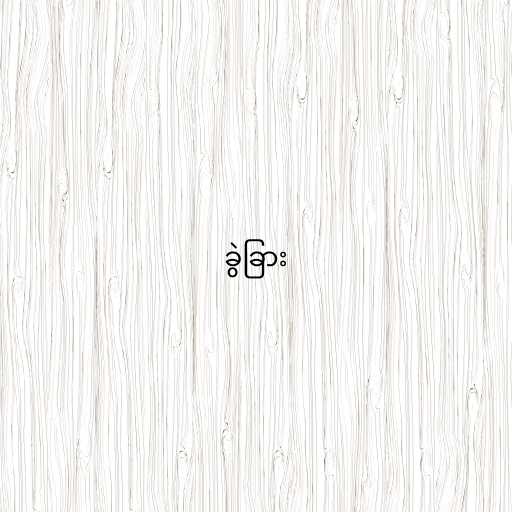
ခွဲခြား